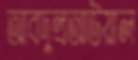
আবদুল্রআউয়াল